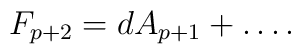
F_{p+2} = dA_{p+1}+ \ldots .